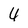
Character: 4